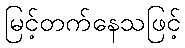
မြင့်တက်နေသဖြင့်